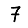
Digit: 7